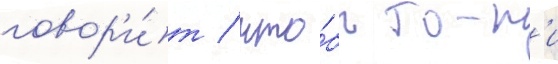
говор'и́т / что́бы тон'и